Vaccination in Bombay 1869-1873 - 1869-1873
Year: 1869
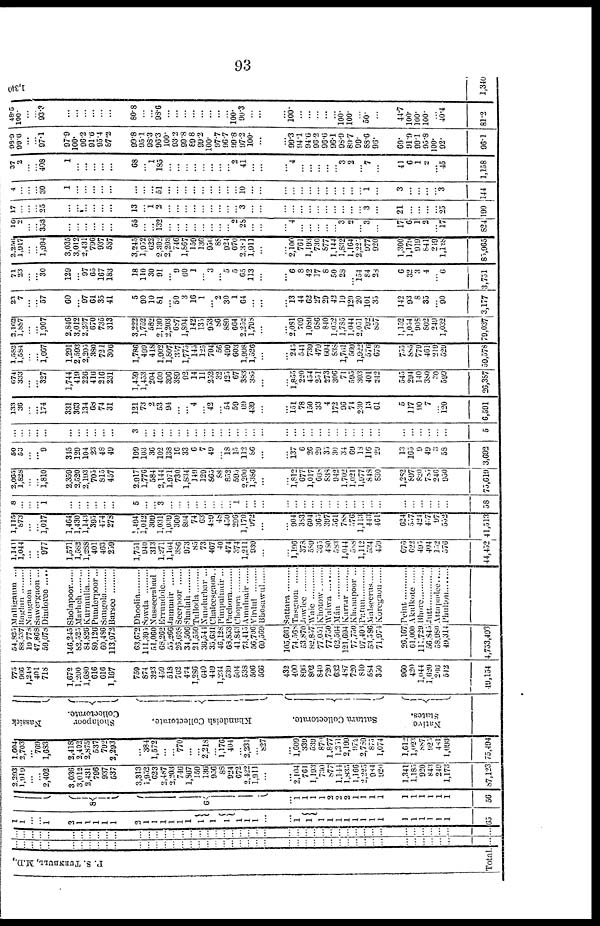
93
P. S. TURNBULL, M.D.
Total.
...
... ...
...
...
...
...
...
...
... ...
...
...
...
...
...
...
...
...
...
...
...
...
...
...
...
...
...
...
...
...
...
...
...
...
...
... ...
...
...
...
...
...
...
...
...
...
... ...
...
...
...
...
...
...
... ...
...
...
...
...
...
...
...
...
...
...
...
...
...
...
..
...
...
...
...
...
...
...
...
...
...
... ...
...
...
...
...
...
...
...
...
1
1
...
...
1
2
1
1
1
1
1
2
1
1
1
1
1
1
1
1
1
1
1
1
...
...
1
1 1
l
1
l
l
1
l
l
l
l
l
l
1
1
65
8
6
...
1
1
1
1
2
2
2
1
1
1
1
1
1
1
1
1
1
56
2,293
1,919
...
...
2,402
3,036
3,012
2,431
796
937
537
3,313
1,952
623
2,487
2,203
746
1,867
159
136
956
88
924
672
2,422
1,911
...
...
2,104
761
1,193
730
877
1,144
1,835
1,166
2,225
984
920
1,341
1,185
920
843
249
1,173
87,123
1,604
2,703
... 769
1,683
2,418
2,402
2,875
537
792
2,293
...
384
1,572
...
... 770
...
...
2,218
...
1,176
404
...
2,231
... 827
...
1,609
339
539
870
1,877
1,251
2,199
972
2,789
875
1,074
1,612
1,023
887
925
481
1,093
75,494
Nassick
Sholapoor
Collectorate.
Khandeish Collectorate.
Sattara. Collectorate .
Native
States.
775
966
1,248
401
718
1,672
1,200
1,680
616
616
1,167
759
874
323
459
518
762
474
1,286
640
449
1,234
539
504
538
506
566
432
400
896
802
840
720
632
487
720
810
584
350
960
420
1,044
1,620
266
512
49,154
54,825
88,537
19,778
47,868
59,678
146,245
82,535
84,826
80,126
60,486
113,972
63,672
111,305
51,060
68,202
55,266
26,698
34,506
21,550
36,541
35,631
46,128
68,853
41,843
73,415
56,706
69,569
105,661
74,568
53,870
82,857
77,051
77,750
62,564
121,694
77,750
97,403
53,586
71,974
26,167
61,000
111,729
56,845
58,980
49,314
4,753,493
Malliganm
...
Baglan
......
Nangaon
Sawergaon ...
Dindoree ....
Sholapoor ......
Marheh
Kurmulla .....
Punderpoor ...
Sangola .......
Barsee .......
Dhoolia ......
Sowda
Nusseerabad ..
Errundole .....
Jamnair
Seerpoor
Shadah
Tulloda
Nundurbar
...
Chaleesgaon..
Pimpulanair ...
Pachora
Chopra
Amulnair
Virdul
Bhusawul
Sattara
Tasgaon ......
Jawlee
Waic
Khotow .........
Walwa
Man
Karrar
Khanapoor ...
Patun
Malseerus .....
Koregaon ......
Peint
Akulkote
Bhore ..........
Jutt ......
Attapadee .....
Phulton .......
1,141
1,044
...
... 977
1,571
l,582
1,288
401
463
259
1,751
940
313
1,271
1,164
386
973
85
73
467
40
474
374
1,211
939
...
...
1,196
378
589
365
480
583
1,044
588
1,112
534
459
676
622
495
404
152
576
44,452
1,115
873
...
... 1,017
1,464
1,430
1,143
395
474
273
1,494
1,012
309
1,031
1,039
360
894
74
63
489
48
450
296
1,170
972
...
...
904
383
604
365
397
561
788
576
1,113
443
461
624
557
424
437
97
552
41,513
8
...
...
... 1
...
...
...
...
... ...
5
...
... 3
...
...
...
...
...
...
...
... 1
...
...
...
...
...
...
...
...
...
...
...
...
... ...
...
...
...
...
...
...
...
58
2,065
1,828
...
... 1,810
2,359
2,520
2,193
705
815
457
2,917
1,776
584
2,144
1,971
730
1,834
149
129
865
88
852
595
2,200
1,386
...
...
1,812
677
1,017
668
838
942
1,702
1,021
1,077
848
830
1,282
897
820
786
246
950
75,619
50
53
...
... 9
345
129
104
23
48
49
199
103
36
102
138
16
33
6
7
49
... 18 15
112
86
...
...
137
6
26
29
35
30
34
69
18
116
29
13
165
9
49
... 58
3,692
...
... ...
...
...
...
...
...
...
... ...
3
...
...
...
...
...
...
...
...
...
...
...
...
...
...
...
...
...
...
...
...
...
...
...
...
... ...
...
...
...
...
...
...
...
5
133
36
...
... 174
331
363
134
68
74
31
121
73
2
53
94
...
... 4
... 42
... 54
59
69
439
...
...
151
78
150
33
4
172
96
71
230
13
61
5
117
90
...
... 120
6,591
674
333 ...
... 327
1,744
419
220
416
216
231
1,459
1,453
204
400
396
389
92
14
11
252
32
425
67
383
385
...
...
1,855
220
454
251
273
306
71
595
303
401
242
545
294
140
380
30
599
26,387
1,583
1,584
...
... 1,667
1,291
2,593
2,205
380
721
306
1,786
499
418
1,902
1,807
357
1,775
145
125
704
56
499
603
1,998
1,526
...
...
245
541
739
479
604
838
l,761
569
1,922
576
678
755
885
779
461
219
529
59,578
3,162
1,887 ...
... 1,907
2,846
3,012
2,237
670
735
313
3,222
1,752
582
2,130
2,203
687
1,804
142
135
953
86
889
664
2,252
1,798
...
...
2,081
709
1,089
686
840
1,052
1,785
1,044
2,051
792
857
1,152
1,054
908
802
249
1,032
79,037
23
7 ...
... 57
60
... 97
61
35
41
5
90
10
81
... 50
3
16
1
... 2
30
1
64
...
...
...
13
44
62
27
29
42
19
120
20
101
35
142
93
8
35
... 90
3,177
71
23 ...
... 30
129
... 97
65
167
183
18
110
30
91
... 9
60
1
... 3
... 5
5
65
113
...
...
6
8
42
17
8
50
28
... 154
84
23
6
32
3
4
... 6
3,751
2,256
1,917 ...
... 1,994
3,035
3,012
2,431
796
937
537
3,245
1,952
622
2,302
2,203
746
1,867
159
136
956
88
924
670
2,381
1,911
...
...
2,100
761
1,193
730
877
1,144
1,832
1,164
2,220
977
920
1,300
1,179
919
841
219
1,128
85,965
16
2 ...
... 353
...
...
...
...
... ...
55
...
... 132
...
...
...
...
...
...
...
... 2
28
...
...
...
4
...
...
...
...
... 3
2
... 3
...
17
6
1
2
... 17
824
17
... ...
... 25
...
...
...
...
... ...
13
...
1
2
...
...
...
...
...
...
...
...
... 3
...
...
...
...
...
...
...
...
...
...
...
... 3
...
21
...
...
...
... 25
190
4
... ...
... 30
1
...
...
...
... ...
...
...
... 51
...
...
...
...
...
...
...
...
... 10
...
...
...
...
...
...
...
...
...
...
...
... 1
...
3
...
...
...
... 3
144
37
2 ...
... 408
1
...
...
...
... ...
...
...
1
185
...
...
...
...
...
...
...
... 2
41
...
...
...
4
...
...
...
...
... 3
2
... 7
...
41
6
1
...
...
45
1,158
98.9
99.6 ...
... 97.1
97.9
100.
96.2
91.6
95.4
87.2
99.8
95.1
98.3
96.3
100.
93.2
99.8
89.8
99.2
100.
97.7
96.7
99.8
97.2
100.
...
...
99.3
94.1
94.6
90.2
96.6
96.1
98.9
89.7
99.
88.6
96.
69.
91.9
99.1
95.8
100.
92.
96.1
48.5
100. ...
... 93.3
...
...
...
...
... ...
80.8
...
... 98.6
...
...
...
...
...
...
...
... 100.
90.3
...
...
...
100.
...
...
...
...
... 100.
100.
... 50.
...
44.7
100.
100.
100.
...
40.4
81.2
1,340
1,340